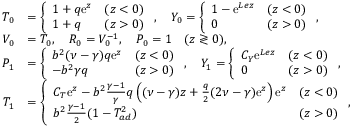
\begin{array} { r l } { { T } _ { 0 } } & { = \left\{ \begin{array} { l l l } { 1 + q \mathrm { e } ^ { z } } & { ( z < 0 ) } \\ { 1 + q } & { ( z > 0 ) } \end{array} \right. , \quad { Y } _ { 0 } = \left\{ \begin{array} { l l l } { 1 - \mathrm { e } ^ { L e z } } & { ( z < 0 ) } \\ { 0 } & { ( z > 0 ) } \end{array} \right. , } \\ { { V } _ { 0 } } & { = { T } _ { 0 } , \quad { R } _ { 0 } = { V } _ { 0 } ^ { - 1 } , \quad { P } _ { 0 } = 1 \quad ( z \gtrless 0 ) , } \\ { { P } _ { 1 } } & { = \left\{ \begin{array} { l l l } { b ^ { 2 } ( \nu - \gamma ) q \mathrm { e } ^ { z } } & { ( z < 0 ) } \\ { - b ^ { 2 } \gamma q } & { ( z > 0 ) } \end{array} \right. , \quad { Y } _ { 1 } = \left\{ \begin{array} { l l l } { C _ { Y } \mathrm { e } ^ { L e z } } & { ( z < 0 ) } \\ { 0 } & { ( z > 0 ) } \end{array} \right. , } \\ { { T } _ { 1 } } & { = \left\{ \begin{array} { l l l } { C _ { T } \mathrm { e } ^ { z } - b ^ { 2 } \frac { \gamma - 1 } { \gamma } q \left( ( \nu - \gamma ) z + \frac { q } { 2 } ( 2 \nu - \gamma ) \mathrm { e } ^ { z } \right) \mathrm { e } ^ { z } } & { ( z < 0 ) } \\ { b ^ { 2 } \frac { \gamma - 1 } { 2 } ( 1 - T _ { a d } ^ { 2 } ) } & { ( z > 0 ) } \end{array} \right. , } \end{array}